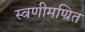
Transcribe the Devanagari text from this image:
स्वणीमण्रित